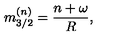
m _ { 3 / 2 } ^ { ( n ) } = \frac { n + \omega } { R } ,